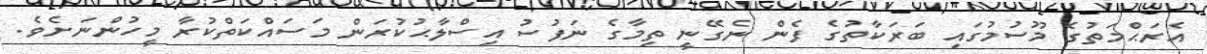
އެރަޙްމަތުގެ މޫސުމުގައި ބަރަކާތުގެ ފެން ނެގޭނީ ތިމާގެ ނަފުސު އިސްލާޙުކުރަން މަސައްކަތްކުރާ މީހުންނަށެވެ.